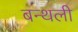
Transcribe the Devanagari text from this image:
बन्थली